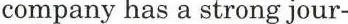
company has a strong jour-